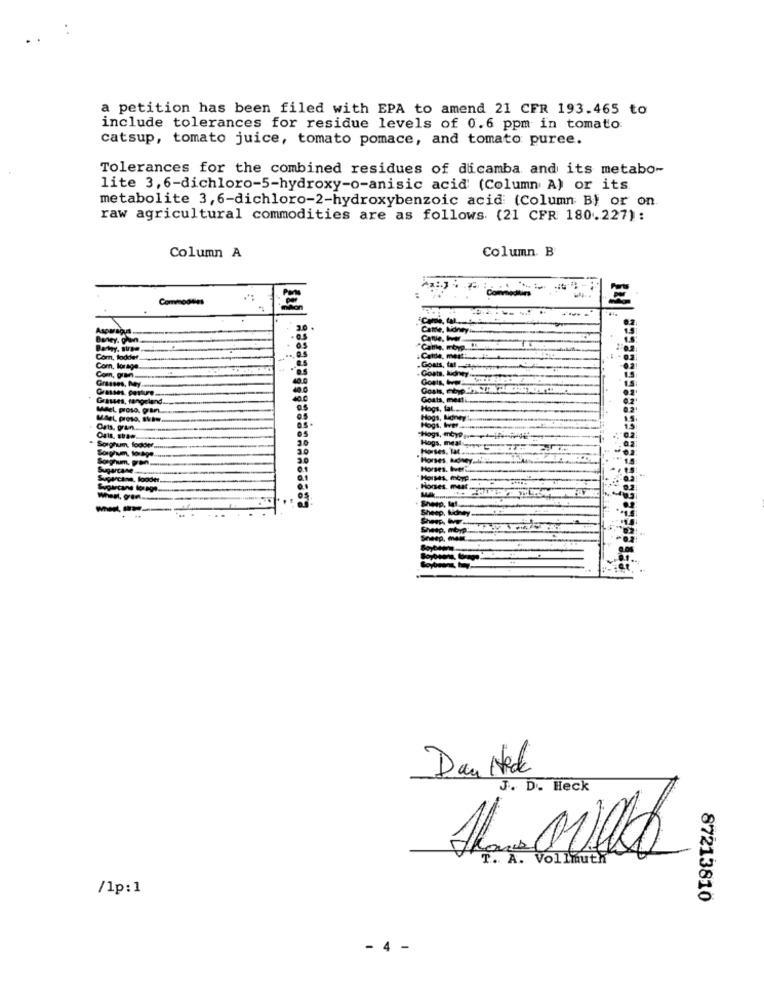
a petition has been filed with EPA to amend 21 CFR 193.465 to
include tolerances for residue levels of 0.6 ppm in tomato:
catsup, tomato juice, tomato pomace, and tomato puree.
Tolerances for the combined residues of dicamba and its metabo-
lite 3, 6-dichloro-5-hydroxy-o-anisic acid' (Column A) or its
metabolite 3,6-dichloro-2-hydroxybenzoic acid (Column B) or on
raw agricultural commodities are as follows. (21 CFR 180.227):
Column. B
Column A
Commodses
. Goats, tal -
.Goats, bonny 538
Goals, hvor
Goats, medti
Day Nek
J. D. Heck
T. A. Vollmuth
/1p:1
87213810
- 4 -